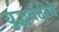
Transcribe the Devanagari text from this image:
युद्धबंदीचे